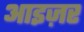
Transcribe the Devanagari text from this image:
आइज़र